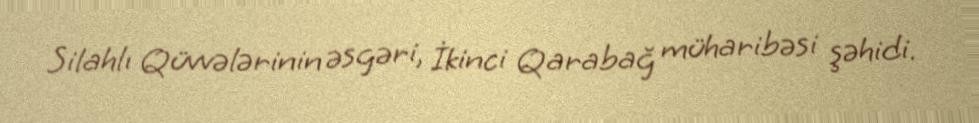
Silahlı Qüvvələrinin əsgəri, İkinci Qarabağ müharibəsi şəhidi.